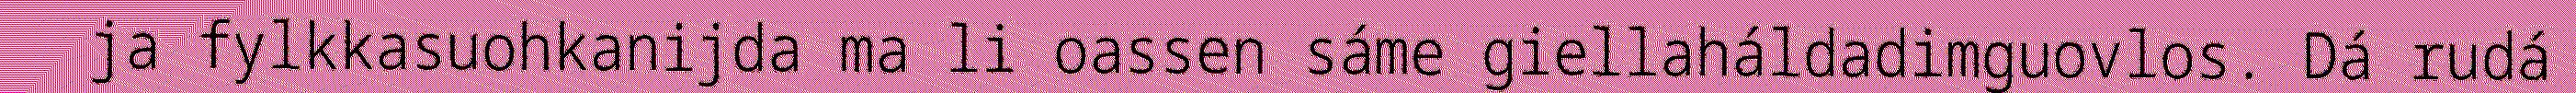
ja fylkkasuohkanijda ma li oassen sáme giellaháldadimguovlos. Dá rudá